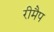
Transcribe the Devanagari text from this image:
रीमैप